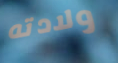
ولادته